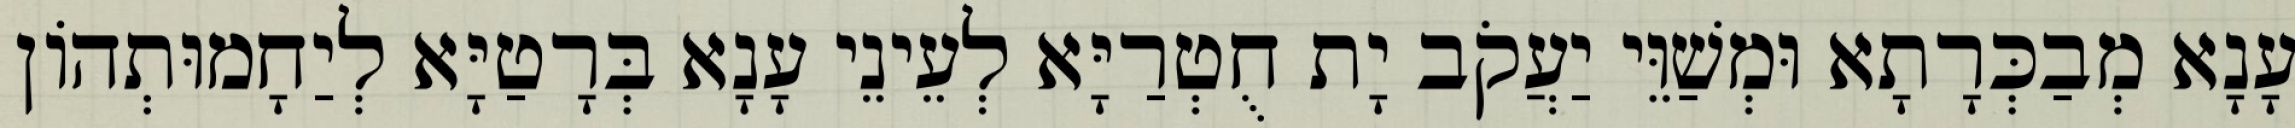
עָנָא מְבַכְּרָתָא וּמְשַׁוֵּי יַעֲקֹב יָת חֻטְרַיָּא לְעֵינֵי עָנָא בְּרָטַיָּא לְיַחָמוּתְהוֹן